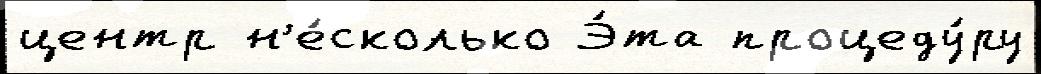
центр н'е́сколько Э́та процеду́ру